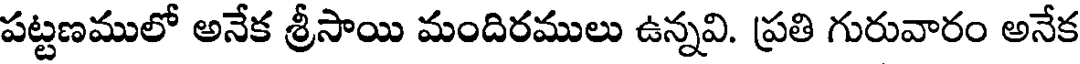
పట్టణములో అనేక శ్రీసాయి మందిరములు ఉన్నవి. ప్రతి గురువారం అనేక